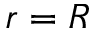
r = R